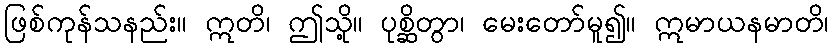
ဖြစ်ကုန်သနည်း။ ဣတိ၊ ဤသို့။ ပုစ္ဆိတွာ၊ မေးတော်မူ၍။ ဣမာယနမာတိ၊